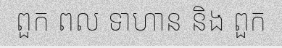
ពួក ពល ទាហាន និង ពួក